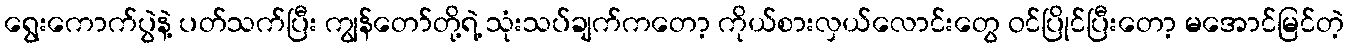
ရွေးကောက်ပွဲနဲ့ ပတ်သက်ပြီး ကျွန်တော်တို့ရဲ့ သုံးသပ်ချက်ကတော့ ကိုယ်စားလှယ်လောင်းတွေ ဝင်ပြိုင်ပြီးတော့ မအောင်မြင်တဲ့